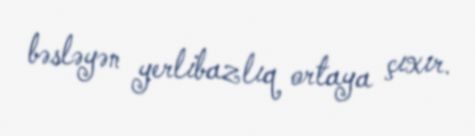
bəsləyən yerlibazlıq ortaya çıxır.